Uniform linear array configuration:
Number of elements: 16
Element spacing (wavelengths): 0.5
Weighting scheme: hamming
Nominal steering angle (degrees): -60
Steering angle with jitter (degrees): -59.54
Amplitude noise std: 0.05
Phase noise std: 0.05

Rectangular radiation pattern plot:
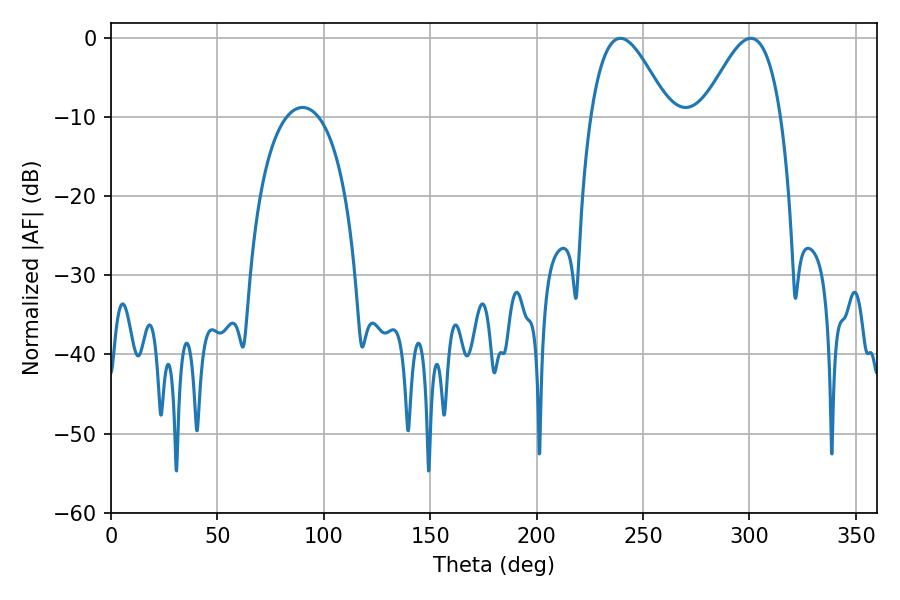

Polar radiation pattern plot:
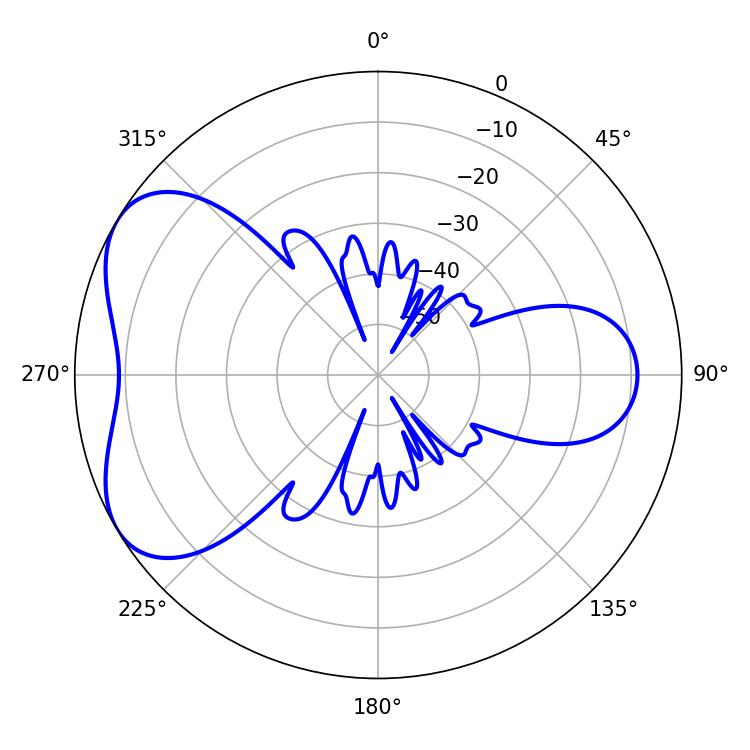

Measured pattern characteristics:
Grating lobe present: FALSE
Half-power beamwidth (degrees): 19.8
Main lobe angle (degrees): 239.4